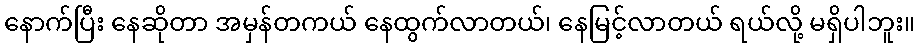
နောက်ပြီး နေဆိုတာ အမှန်တကယ် နေထွက်လာတယ်၊ နေမြင့်လာတယ် ရယ်လို့ မရှိပါဘူး။